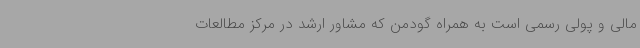
مالی و پولی رسمی است به همراه گودمن که مشاور ارشد در مرکز مطالعات